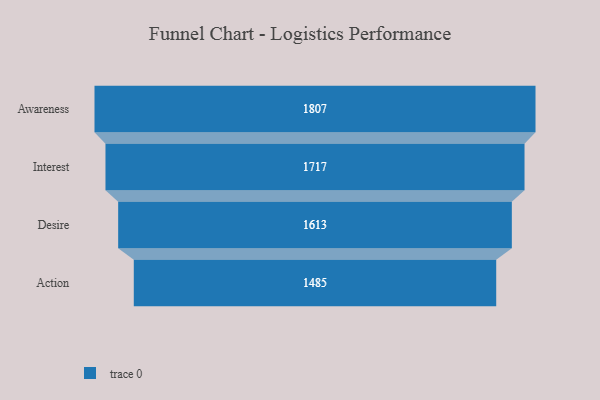
{"axis": {"x": "Stage", "y": "Value"}, "legend": [""], "data": [{"x": "Awareness", "y": 1807.0, "type": ""}, {"x": "Interest", "y": 1717.0, "type": ""}, {"x": "Desire", "y": 1613.0, "type": ""}, {"x": "Action", "y": 1485.0, "type": ""}]}